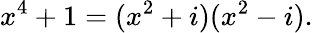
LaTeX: x^{4}+1=(x^{2}+i)(x^{2}-i).